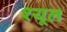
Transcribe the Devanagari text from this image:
श्यूल